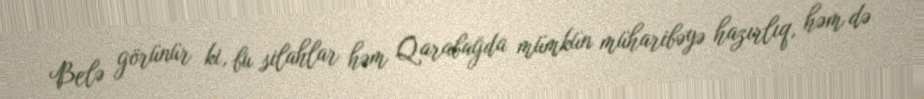
Belə görünür ki, bu silahlar həm Qarabağda mümkün müharibəyə hazırlıq, həm də